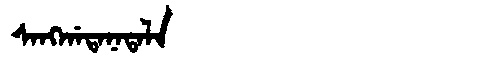
Manchu: ᠰᠠᠩᡤᠠᡨᠠᠨᠠᡨᠠᠯᠠ
Romanization: SANGGATANATALA